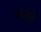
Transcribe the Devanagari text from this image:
चंगाब्ले